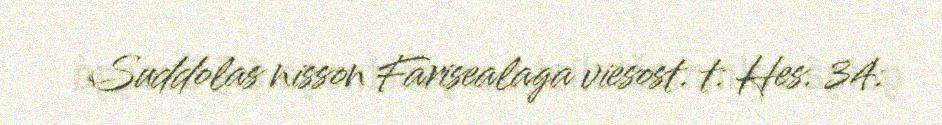
Suddolas nisson Farisealaga viesost. t: Hes. 34: